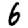
Digit: 6